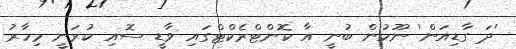
'ދަ ގާޑިއަން' ނޫހުން ބުނީ އާ ކޮންޓްރެކްޓްގައި ވާޑީ ސޮއި ކުރަނީ މިހާރު